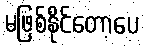
မဖြစ်နိုင်တော့ပေ